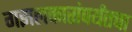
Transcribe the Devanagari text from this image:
गझलकारांपर्यंतचा